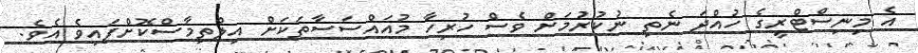
އެ މިނިސްޓްރީގެ ހުއްދަ ނެތި ނުކުރުމަށް ވެސް ހުރިހާ މުއައްސަސާތަކަށް އިލްތިމާސްކޮށްފައިވެ އެވެ.